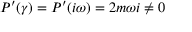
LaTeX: P ^ { \prime } ( \gamma ) = P ^ { \prime } ( i \omega ) = 2 m \omega i \neq 0